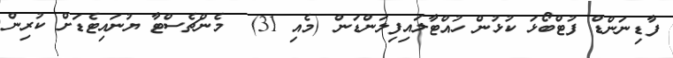
ފާޑިނަންޑް ފުޓްބޯޅަ ކުޅުން ހުއްޓާލައިފިލަންޑަން (މެއި 31)  މެންޗެސްޓާ ޔުނައިޓެޑަށް ކުރިން